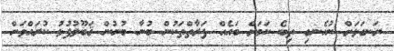
ރަނގަޅަށް ނުއެނގި ތިބެ ކަމަށް ބައެއް ފަރާތްތަކުން ބުނާ ބުނުން ޤަބޫލުފުޅު ކުރައްވަން